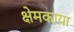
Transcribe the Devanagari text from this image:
क्षेमकाया